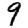
Digit: 9